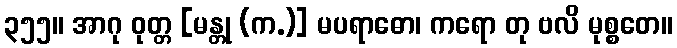
၃၅၅။ အာဂု ဝုတ္တ [မန္တု (က.)] မပရာဓော၊ ကရော တု ဗလိ မုစ္စတေ။